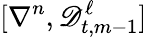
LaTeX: [\nabla^{n},\mathscr{D}_{t,m-1}^{\ell}]